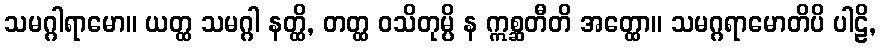
သမဂ္ဂါရာမော။ ယတ္ထ သမဂ္ဂါ နတ္ထိ, တတ္ထ ဝသိတုမ္ပိ န ဣစ္ဆတီတိ အတ္ထော။ သမဂ္ဂရာမောတိပိ ပါဠိ,